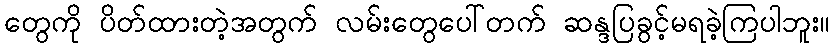
တွေကို ပိတ်ထားတဲ့အတွက် လမ်းတွေပေါ်တက် ဆန္ဒပြခွင့်မရခဲ့ကြပါဘူး။